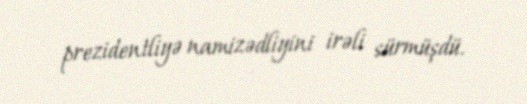
prezidentliyə namizədliyini irəli sürmüşdü.